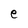
Character: e